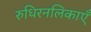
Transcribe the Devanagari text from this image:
रुधिरनलिकाएँ